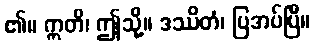
၏။ ဣတိ၊ ဤသို့။ ဒဿိတံ၊ ပြအပ်ပြီ။